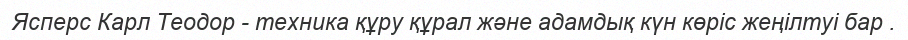
Ясперс Карл Теодор - техника құру құрал және адамдық күн көріс жеңілтуі бар .